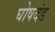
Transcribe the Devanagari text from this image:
घोषदंड